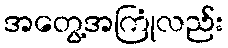
အတွေ့အကြုံလည်း